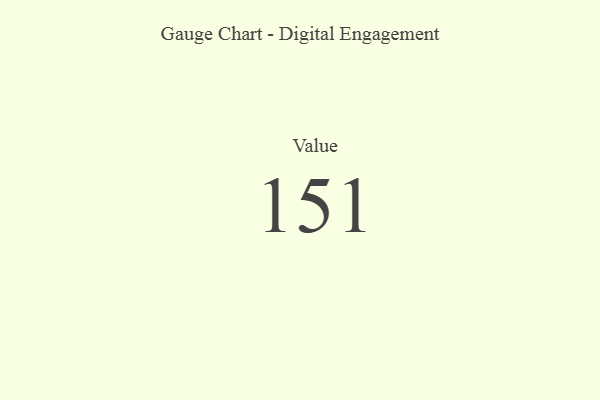
{"axis": {"x": "Metric", "y": "Value"}, "legend": [""], "data": [{"x": "Value", "y": 151, "type": ""}]}